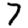
Digit: 7